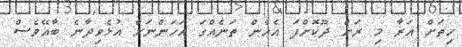
ހިތަށް އަރާ މި ރަށް ދޫކޮށްފަ އެހެން ތަނެއްގަ އަހަންނަށް އުޅެވިދާނެ ބާއޭވެސް